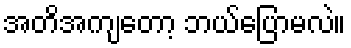
အတိအကျတော့ ဘယ်ပြောမလဲ။